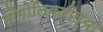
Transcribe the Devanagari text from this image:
भौगोलिकरीत्या